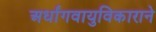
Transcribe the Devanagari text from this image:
अर्धांगवायुविकाराने